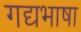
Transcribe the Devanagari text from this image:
गद्यभाषा